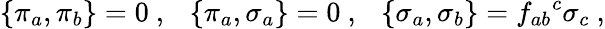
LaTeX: \{ \pi_{a},\pi_{b}\} =0\ ,\ \ \ \{ \pi_{a},\sigma_{a}\} =0\ ,\ \ \ \{ \sigma_{a},\sigma_{b}\} =f_{ab}{}^{c}\sigma_{c}\ ,